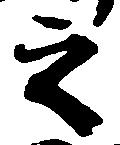
之